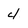
Character: 4